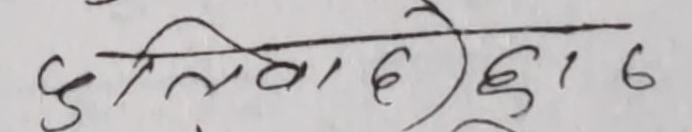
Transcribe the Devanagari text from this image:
छुतिलाहई ३१६